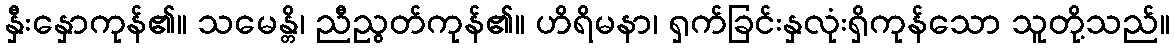
နှီးနှောကုန်၏။ သမေန္တိ၊ ညီညွတ်ကုန်၏။ ဟိရိမနာ၊ ရှက်ခြင်းနှလုံးရှိကုန်သော သူတို့သည်။